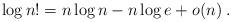
LaTeX: \begin{align*} \log n! = n \log n - n \log e + o(n) \;.\,\end{align*}